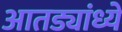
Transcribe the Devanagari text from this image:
आतड्यांध्ये